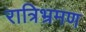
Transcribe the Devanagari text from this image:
रात्रिभ्रमण